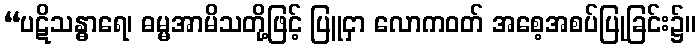
“ပဋိသန္ဓာရေ၊ ဓမ္မအာမိသတို့ဖြင့် ပြူငှာ လောကဝတ် အစေ့အစပ်ပြုခြင်း၌။